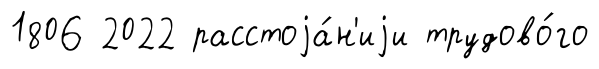
1806 2022 расстоjа́н'иjи трудово́го